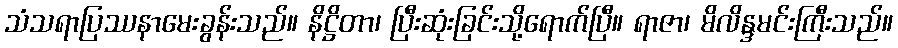
သံသရာပြဿနာမေးခွန်းသည်။ နိဋ္ဌိတာ၊ ပြီးဆုံးခြင်းသို့ရောက်ပြီ။ ရာဇာ၊ မိလိန္ဒမင်းကြီးသည်။